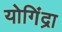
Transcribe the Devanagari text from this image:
योगिंद्रा